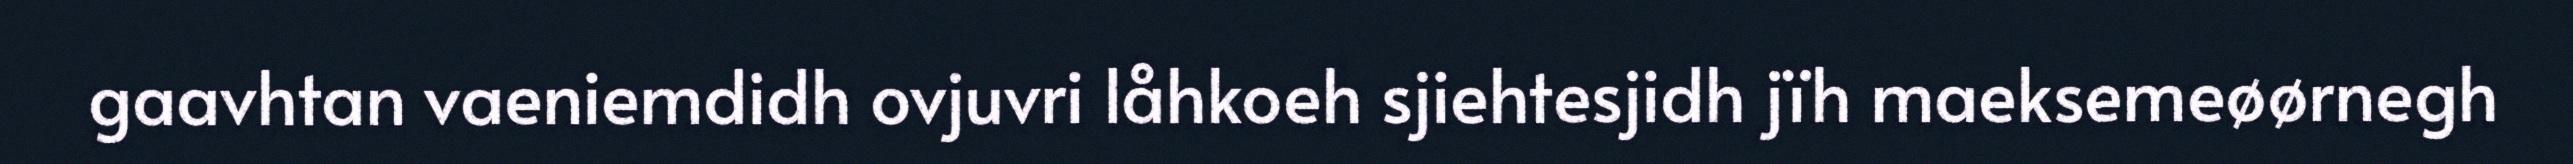
gaavhtan vaeniemdidh ovjuvri låhkoeh sjiehtesjidh jïh maeksemeøørnegh